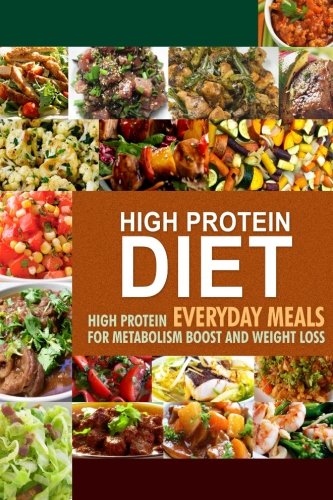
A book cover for High Protein Diet: High Protein Everyday Meals for Metabolism Boost and Weight Loss; HPD Press - High Protein Diet; Cookbooks, Food & Wine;